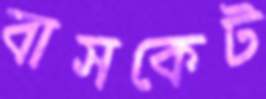
বাসকেট